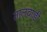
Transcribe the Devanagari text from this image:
तालवाडी